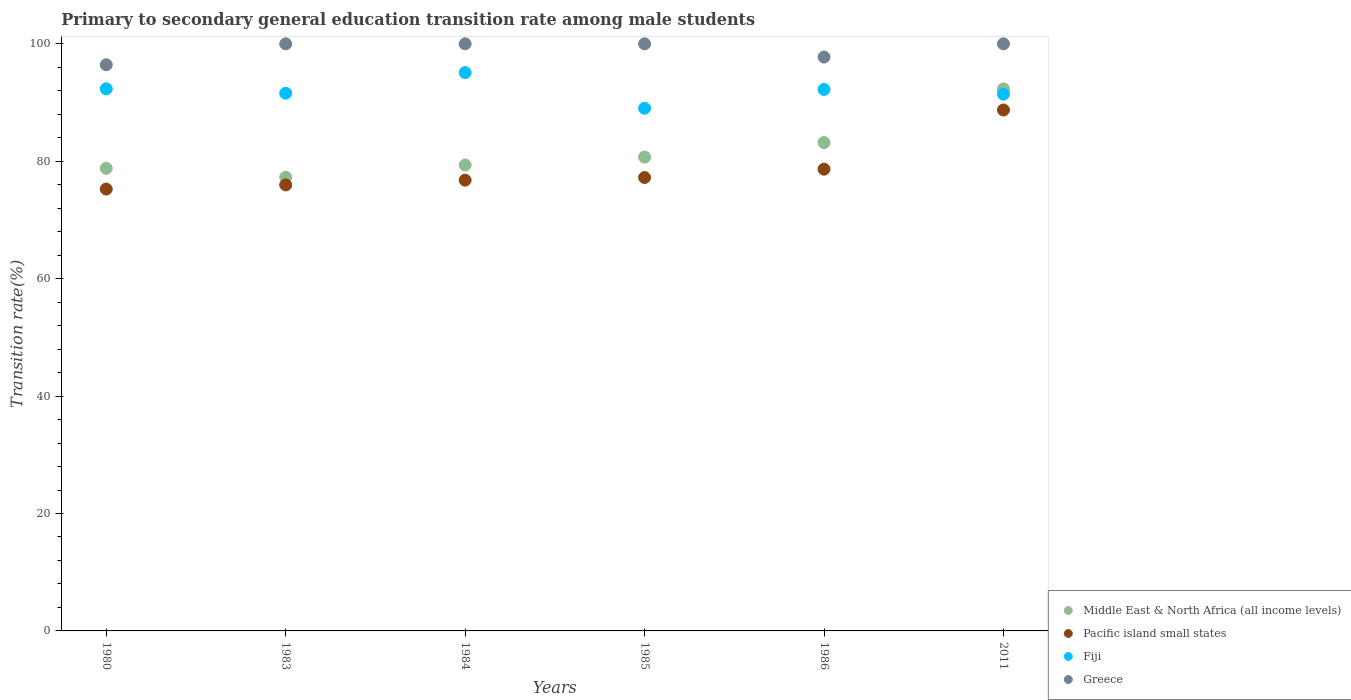
| Years | Middle East & North Africa (all income levels) | Pacific island small states | Fiji | Greece |
 | --- | --- | --- | --- | --- |
 | 1980 | 78.8 | 75.3 | 92.3 | 96.4 |
 | 1983 | 77.3 | 76 | 91.6 | 100 |
 | 1984 | 79.4 | 76.8 | 95.1 | 100 |
 | 1985 | 80.7 | 77.2 | 89 | 100 |
 | 1986 | 83.2 | 78.7 | 92.2 | 97.8 |
 | 2011 | 92.3 | 88.7 | 91.4 | 100 |